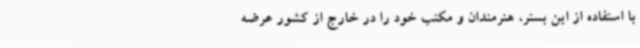
با استفاده از این بستر، هنرمندان و مکتب خود را در خارج از کشور عرضه